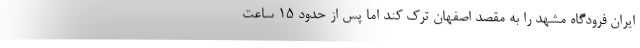
ایران فرودگاه مشهد را به مقصد اصفهان ترک کند اما پس از حدود ۱۵ ساعت